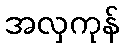
အလှကုန်